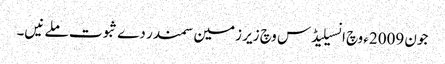
جون 2009ء وچ انسیلیڈس وچ زیر زمین سمندر دے ثبوت ملے نیں۔